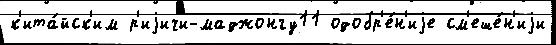
к'ита́йск'им р'иjичи-маджонгу11 одобр'е́н'иjе см'еше́н'иjи